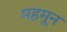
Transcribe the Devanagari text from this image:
महमून